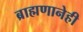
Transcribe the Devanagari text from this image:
ब्राह्मणानेही